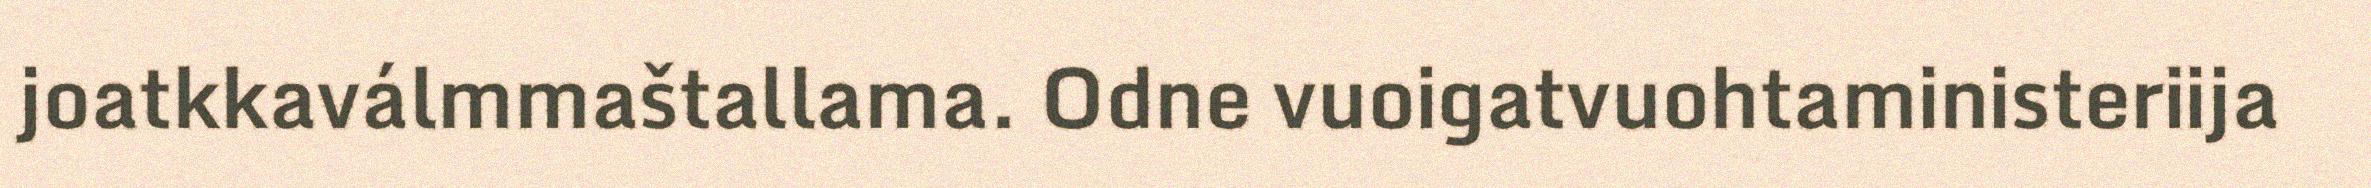
joatkkaválmmaštallama. Odne vuoigatvuohtaministeriija